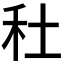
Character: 𥝟